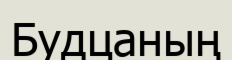
Будцаның